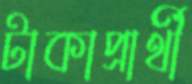
টাকাপ্রার্থী